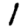
Digit: 1